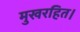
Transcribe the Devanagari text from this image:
मुखरहित।